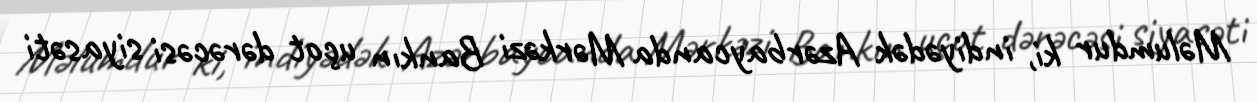
Məlumdur ki, indiyədək Azərbaycanda Mərkəzi Bankın uçot dərəcəsi siyasəti